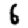
Digit: 6